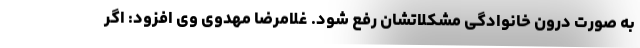
به صورت درون خانوادگی مشکلاتشان رفع شود. غلامرضا مهدوی وی افزود: اگر